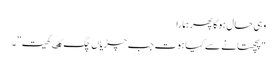
وہی حال ہوگا پھر ہمارا
"پچھتانے سے کیا ہوت جب چڑیاں چگ گٸ کھیت”۔